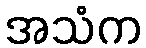
အသံက